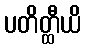
ပတိတ္ထီယိ